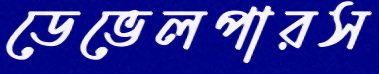
ডেভেলপারস